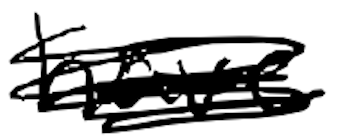
Text: have
Cross-out: scratch
Writing tool: digital_black